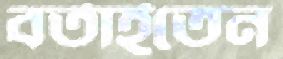
বর্তাইতেন